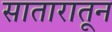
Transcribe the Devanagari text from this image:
सातारातून